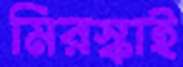
মিরস্কাই